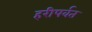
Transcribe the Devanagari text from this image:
हरीपर्वत